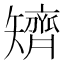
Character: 𥐌